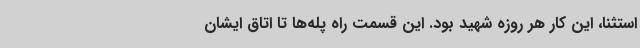
استثنا، این کار هر روزه شهید بود. این قسمت راه پله‌ها تا اتاق ایشان